Some observations on the poison of Russell's viper (Daboia russellii) - Number 3
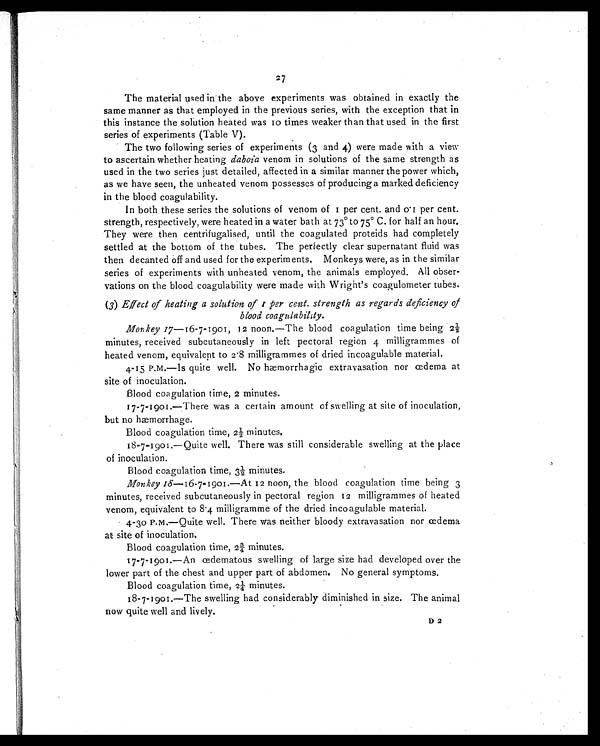
27
The material used in the above experiments was obtained in exactly the
same manner as that employed in the previous series, with the exception that in
this instance the solution heated was Io times weaker than that used in the first
series of experiments (Table V).
The two following series of experiments (3 and 4) were made with a view
to ascertain whether heating daboia venom in solutions of the same strength as
used in the two series just detailed, affected in a similar manner the power which,
as we have seen, the unheated venom possesses of producing a marked deficiency
in the blood coagulability.
In both these series the solutions of venom of I per cent. and 0.1 per cent.
strength, respectively, were heated in a water bath at 73º to 75º C. for half an hour.
They were then centrifugalised, until the coagulated proteids had completely
settled at the bottom of the tubes. The perfectly clear supernatant fluid was
then decanted off and used for the experiments. Monkeys were, as in the similar
series of experiments with unheated venom, the animals employed. All obser
-vations on the blood coagulability were made with Wright's coagulometer tubes.
(3) Effect of heating a solution of 1 per cent. strength as regards deficiency of
blood coagulability.
Monkey17—16-7-1901, 12 noon.—The blood coagulation time being 2½
minutes, received subcutaneously in left pectoral region 4 milligrammes of
heated venom, equivalent to 2 . 8 milligrammes of dried incoagulable material.
4-15 P.M.—Is quite well. No hæmorrhagic extravasation nor œdema at
site of inoculation.
Blood coagulation time, 2 minutes.
17-7-1901.—There was a certain amount of swelling at site of inoculation,
but no hæmorrhage.
Blood coagulation time, 2½ minutes.
18-7-1901.—Quite well. There was still considerable swelling at the place
of inoculation.
Blood coagulation time, 3½ minutes.
Monkey 18—16-7-1901.—At 12 noon, the blood coagulation time being 3
minutes, received subcutaneously in pectoral region 12 milligrammes of heated
venom, equivalent to 8.4 milligramme of the dried incoagulable material.
4-30 P.M.—Quite well. There was neither bloody extravasation nor cedema
at site of inoculation.
Blood coagulation time, 2¾ minutes.
17-7-1901.—An oedematous swelling of large size had developed over the
lower part of the chest and upper part of abdomen. No general symptoms.
Blood coagulation time, 2¼ minutes.
18-7-1901.—The swelling had considerably diminished in size. The animal
now quite well and lively.
D 2